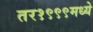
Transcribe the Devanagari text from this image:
तर१९९९मध्ये